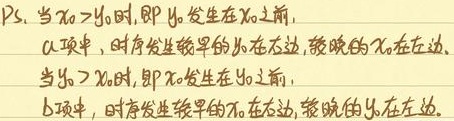
Ps. 当 \(x_0 > y_0\) 时，即 \(y_0\) 发生在 \(x_0\) 之前，a 项中，时序发生较早的 \(y_0\) 在左边，较晚的 \(x_0\) 在右边。当 \(y_0 > x_0\) 时，即 \(x_0\) 发生在 \(y_0\) 之前，b 项中，时序发生较早的 \(x_0\) 在右边，较晚的 \(y_0\) 在左边。